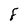
Character: F